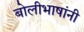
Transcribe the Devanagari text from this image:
बोलीभाषांनी